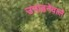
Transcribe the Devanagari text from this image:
उगाहनेवाले